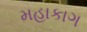
મહાકાગ